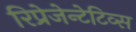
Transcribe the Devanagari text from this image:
रिप्रेजेन्टेटिव्स